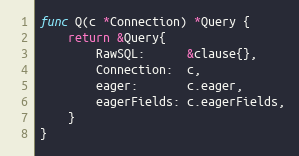
Language: Go
func Q(c *Connection) *Query {
	return &Query{
		RawSQL:      &clause{},
		Connection:  c,
		eager:       c.eager,
		eagerFields: c.eagerFields,
	}
}